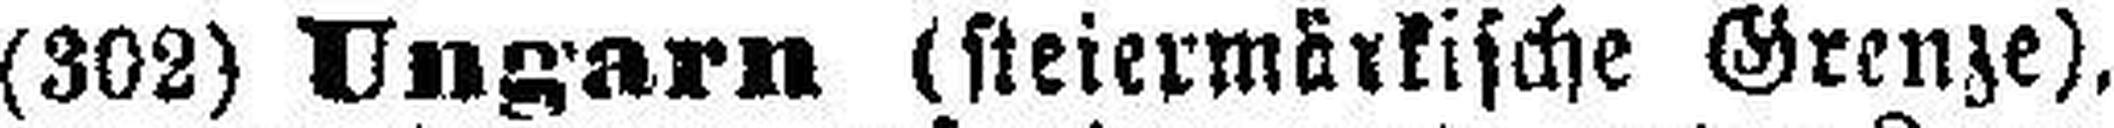
(302) Ungarn (steiermärkische Grenze),